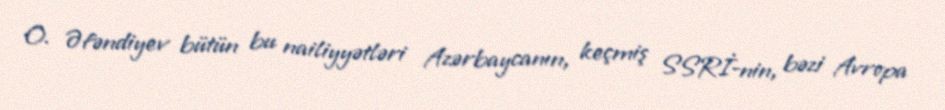
O. Əfəndiyev bütün bu nailiyyətləri Azərbaycanın, keçmiş SSRİ-nin, bəzi Avropa